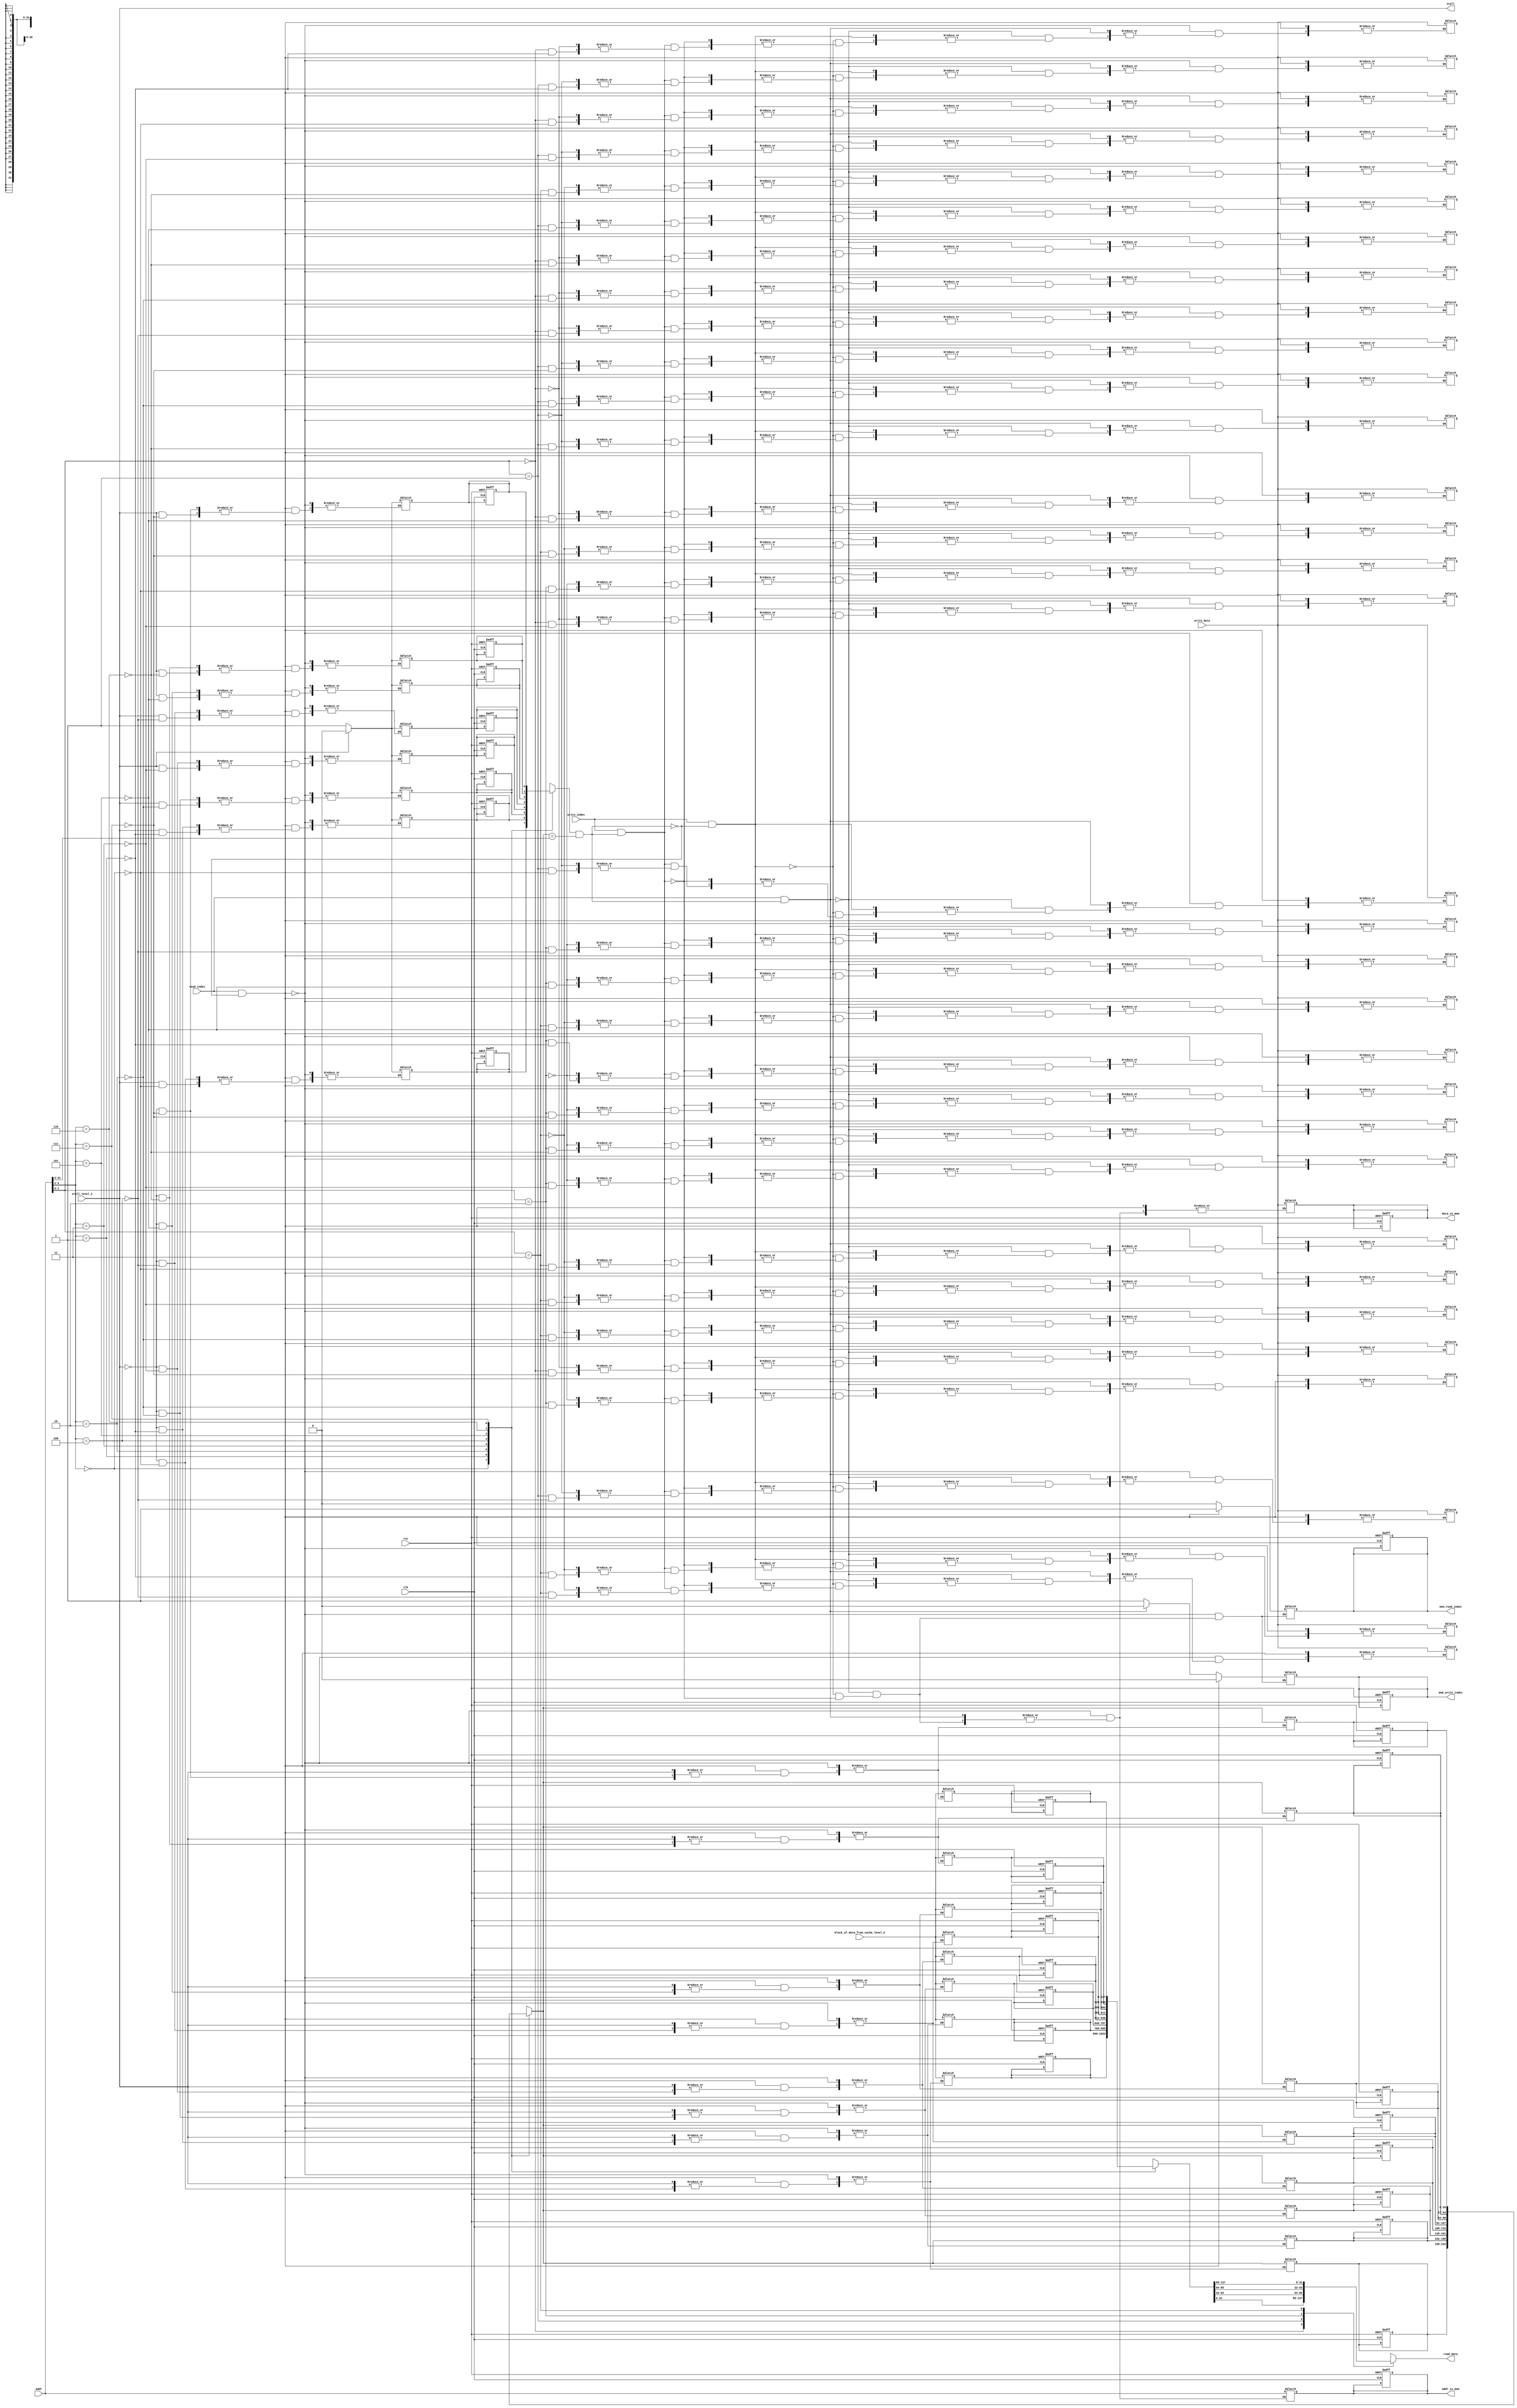
module cache
	(input clk,
	input rst,
	input write_index,
	input read_index,
	input [31:0] write_data, 
	input [31:0] addr,
	input stall_level_2,
	input [127:0] block_of_data_from_cache_level_2,
	output stall,
	output [31:0] read_data,
	output [31:0] data_to_mem,
	output [31:0] addr_to_mem,
	output mem_write_index,
	output mem_read_index
	);

assign stall = stall_level_2;

reg [31:0] read_data, data_to_mem, addr_to_mem;
reg mem_read_index, mem_write_index;	

reg [26:0] cache_bank [0:7]; 
reg [(4*32)-1:0] data_cache_bank [0:7];
reg valid_bank [0:7];

wire [26:0] tag;	
wire [2:0] index;
wire [1:0] offset;

assign tag = addr[31:5];//27
assign index = addr[4:2];//3
assign offset = addr[1:0];//2

wire [26:0] current_tag; //tag 
wire [(4*32)-1:0] current_data_position;
assign current_tag = cache_bank[index];
assign current_data_position = data_cache_bank[index];

wire current_verific_bit;

assign current_verific_bit = valid_bank[index];

wire hit;
assign hit = current_verific_bit & (current_tag == tag);

integer i;

//wire v0, v1, v2, v3, v4, v5, v6 , v7;
//assign v0 = valid_bank[0];
//assign v1 = valid_bank[1];
//assign v2 = valid_bank[2];
//assign v3 = valid_bank[3];
//assign v4 = valid_bank[4];
//assign v5 = valid_bank[5];
//assign v6 = valid_bank[6];
//assign v7 = valid_bank[7];

//reg [1:0] check;
//wire check1;
//assign check1 = read_index & !hit;

always @* begin
case(offset)
	0: read_data <= current_data_position[31:0];
	1: read_data <= current_data_position[63:32];
	2: read_data <= current_data_position[95:64];
	3: read_data <= current_data_position[127:96];
endcase 
end

always @(posedge clk or posedge rst) begin
if(rst)
begin
	for(i=0; i<8; i=i+1)
	begin
		cache_bank[i] <= 0;
		data_cache_bank[i] <= 0;
		valid_bank[i] <= 0; 
	end	
	data_to_mem <= 0;
	addr_to_mem <= 0;
	mem_write_index <= 0;
	mem_read_index <= 0;
end	
end
				

always @* begin
if(read_index & !hit)
begin
	mem_read_index <= 1;
	mem_write_index <= 0;
	addr_to_mem <= addr;
end	
else if(read_index & hit)
begin
	mem_read_index <= 0;
	mem_write_index <= 0;
end
else if(write_index & !hit)
begin
	addr_to_mem <= addr;
	data_to_mem <= write_data;
	mem_read_index <= 0;
	mem_write_index <= 1;
end
else if(write_index & hit)
begin
	addr_to_mem <= addr;
	data_to_mem <= write_data;
	mem_read_index <= 0;
	mem_write_index <= 1;
	case(offset)
		0: data_cache_bank[index][31:0] <= write_data;
		1: data_cache_bank[index][63:32] <= write_data;
		2: data_cache_bank[index][95:64] <= write_data;
		3: data_cache_bank[index][127:96] <= write_data;
	endcase	
end	
end

always @* 
if(read_index & !hit) 
	if(stall_level_2)
	begin
		valid_bank[index] <= 0;
		//check <= 1;
	end
	else 
	begin
		//check <= 2;
		valid_bank[index] <= 1;
		data_cache_bank[index] <= block_of_data_from_cache_level_2;
		cache_bank[index] <= current_tag;
	end	

endmodule